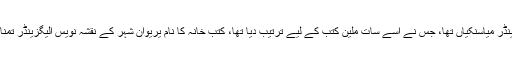
اس کا معمار الیگزینڈر میاسنکیاں تھا، جس نے اسے سات ملین کتب کے لیے ترتیب دیا تھا، کتب خانہ کا نام یریوان شہر کے نقشہ نویس الیگزینڈر تمنائیں کے نام پر ہے۔